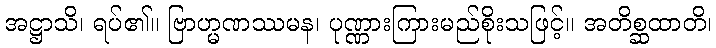
အဋ္ဌာသိ၊ ရပ်၏။ ဗြာဟ္မဏဿမန၊ ပုဏ္ဏားကြားမည်စိုးသဖြင့်။ အတိစ္ဆထာတိ၊